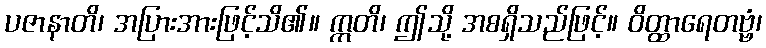
ပဇာနာတိ၊ အပြားအားဖြင့်သိ၏။ ဣတိ၊ ဤသို့ အစရှိသည်ဖြင့်။ ဝိတ္ထာရေတဗ္ဗံ၊